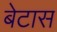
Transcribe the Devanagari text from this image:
बेटास